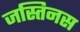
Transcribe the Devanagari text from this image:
जस्तिनस